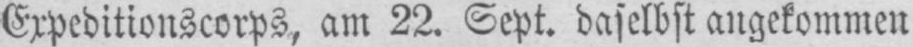
Expeditionscorps, am 22. Sept. daselbst angekommen